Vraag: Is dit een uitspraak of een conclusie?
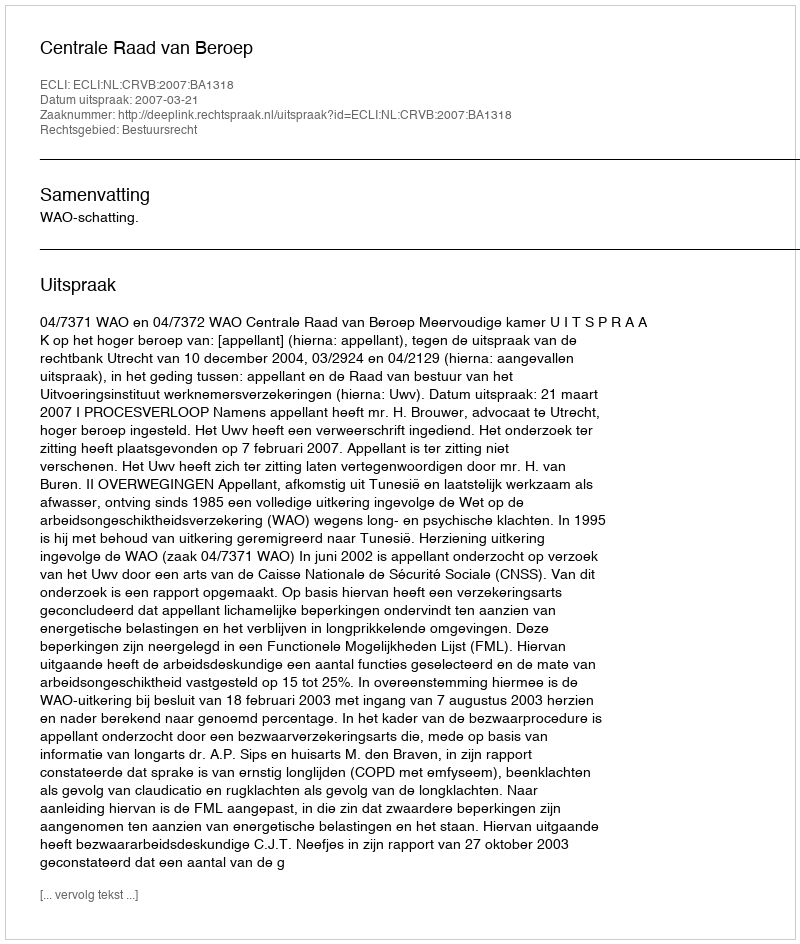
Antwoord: Uitspraak